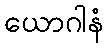
ယောဂါနံ